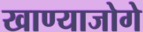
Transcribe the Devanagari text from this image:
खाण्याजोगे